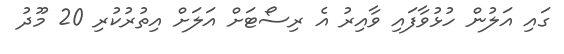
ގައި އަލުން ހުޅުވާފައި ވާއިރު އެ ރިސޯޓަށް އަލަށް އިތުރުކުރި 20 މޫދު